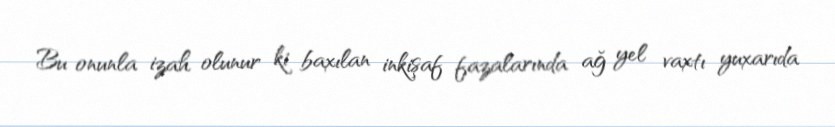
Bu onunla izah olunur ki baxılan inkişaf fazalarında ağ yel vaxtı yuxarıda